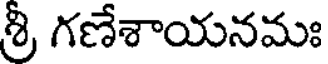
శ్రీ గణేశాయనమః